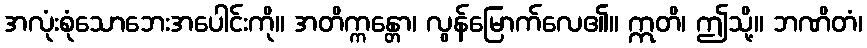
အလုံးစုံသောဘေးအပေါင်းကို။ အတိက္ကန္တော၊ လွန်မြောက်လေ၏။ ဣတိ၊ ဤသို့။ ဘဏိတံ၊